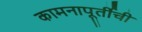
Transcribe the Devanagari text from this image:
कामनापूर्तीची